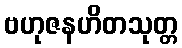
ဗဟုဇနဟိတသုတ္တ